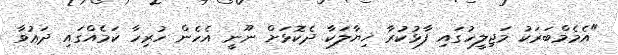
"އެމެމްބަރަކު މަޖިލީހުގައި ފާޅުކުރާ ޚިޔާލަކާ ދެކޮޅަށް ނޫނީ އެހެން ހުރިހާ ކަމެއްގައި ދަޢުވާ